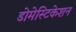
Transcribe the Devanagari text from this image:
डोमेस्टिकेशन